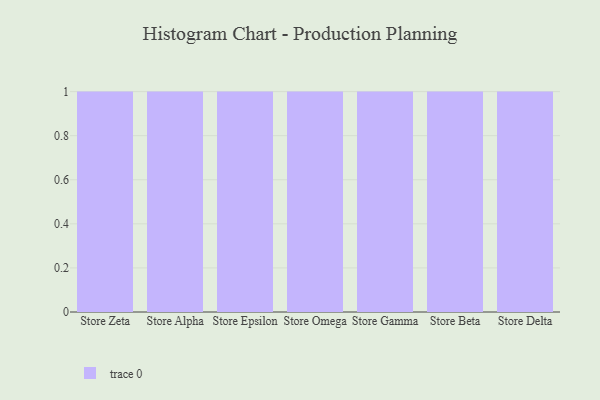
{"axis": {"x": "Store", "y": "Active Users"}, "legend": [""], "data": [{"x": "Store Zeta", "y": 56, "type": ""}, {"x": "Store Alpha", "y": 46, "type": ""}, {"x": "Store Epsilon", "y": 4, "type": ""}, {"x": "Store Omega", "y": 62, "type": ""}, {"x": "Store Gamma", "y": 9, "type": ""}, {"x": "Store Beta", "y": 71, "type": ""}, {"x": "Store Delta", "y": 43, "type": ""}]}